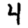
Digit: 4